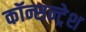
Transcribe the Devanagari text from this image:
कॉन्सन्ट्रेश